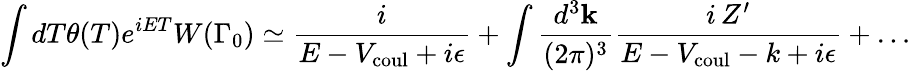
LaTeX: \int dT\theta(T)e^{iET}W(\Gamma_{0})\simeq{\frac{i}{E-V_{\mathrm{coul}}+i\epsilon}}+\int{\frac{d^{3}{\mathbf k}}{(2\pi)^{3}}}{\frac{i\, Z^{\prime}}{E-V_{\mathrm{coul}}-k+i\epsilon}}+\dots